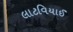
લાટવિયાઈ